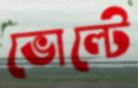
ভোল্টে